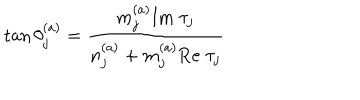
LaTeX: \tan \theta _ { j } ^ { ( a ) } = { \frac { m _ { j } ^ { ( a ) } \mathrm { I m } \; \tau _ { j } } { n _ { j } ^ { ( a ) } + m _ { j } ^ { ( a ) } \mathrm { R e } \; \tau _ { j } } }